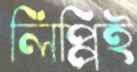
লিপ্পিই